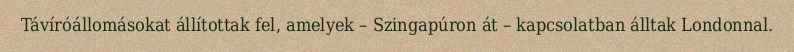
Távíróállomásokat állítottak fel, amelyek – Szingapúron át – kapcsolatban álltak Londonnal.